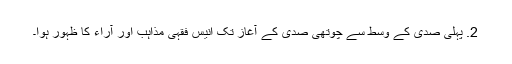
2. پہلی صدی کے وسط سے چوتھی صدی کے آغاز تک انیس فقہی مذاہب اور آراء کا ظہور ہوا۔